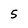
Character: 5